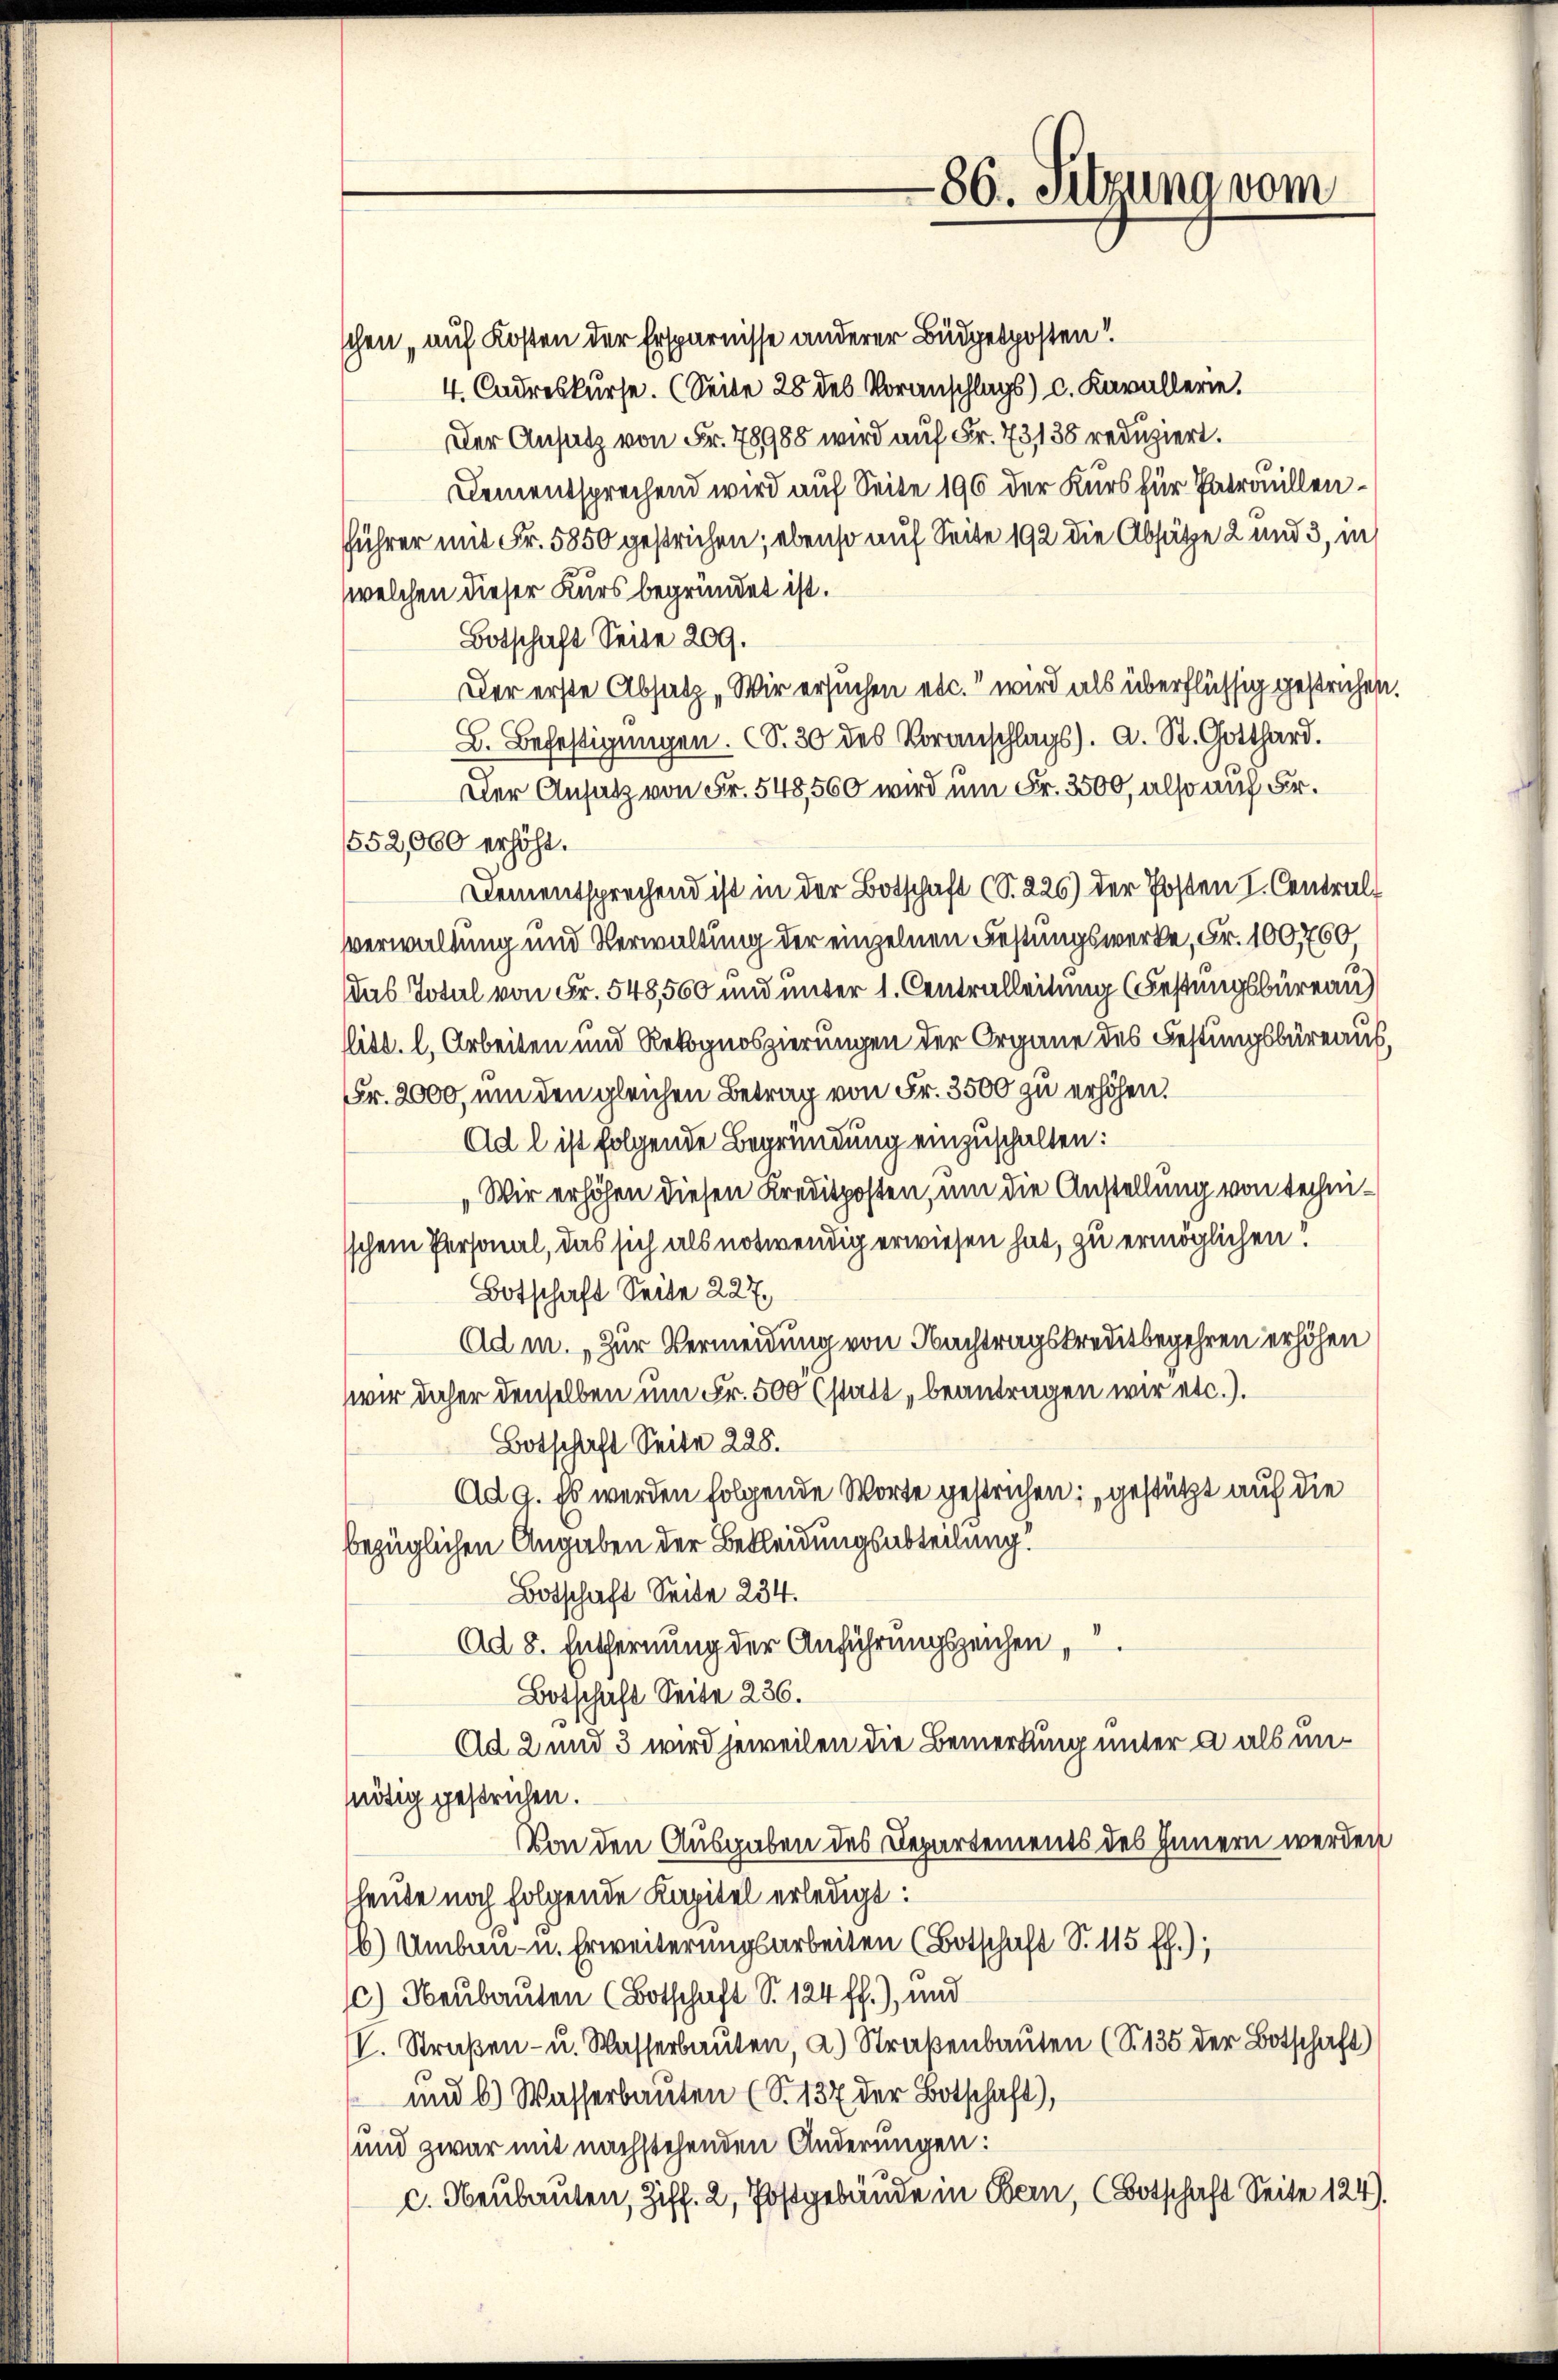
schen „auf Kosten der Ersparnisse anderer Büdgetposten!
4. Cadreskurse. (Seite 28 des Voranschlags) c. Kavallerie.

86. Sitzung vom

Der Ansatz von Fr. 78988 wird auf Fr. 73138 reduziert.
Dementsprechend wird auf Seite 196 der Kurs für Patrouillenführer mit Fr. 5850 gestrichen; ebenso auf Seite 192 die Absätze 2 und 3, in
welchen dieser Kurs begründet ist.
Botschaft Seite 209.
Der erste Absatz „Wir ersuchen etc.“ wird als überflüssig gestrichen.
L. Befestigungen. (S. 30 des Voranschlags). A. St. Gotthard.
Der Ansatz von Fr. 548,560 wird um Fr. 3500, also auf Fr.
552,000 erhöht.
Dementsprechend ist in der Botschaft (S. 226) der Posten I. Central
verwaltung und Verwaltung der einzelnen Festungswerke, Fr. 100,760,
das Total von Fr. 548,500 und unter 1. Centralleitung (Festungsbüreau)
litt. l. Arbeiten und Rekognoszierungen der Organe des Festungsbüreaus,
Fr. 2000, um den gleichen Betrag von Fr. 3500 zu erhöhen.
Ad l ist folgende Begründung einzuschalten:
„Wir erhöhen diesen Kreditposten, um die Anstellung von technischen Personal, das sich als notwendig erwiesen hat, zu ermöglichen!
Botschaft Seite 227.
Ad m. „Zur Vermeidung von Nachtragskreditbegehren erhöhen
wir daher denselben um Fr. 500 (statt „beantragen wir etc.).
Botschaft Seite 228.
Ad 9. Es werden folgende Worte gestrichen; gestützt auf die
bezüglichen Angaben der Bekleidungsabteilung!
Botschaft Seite 234.
Ad 8. Entfernung der Anführungszeichen,
Botschaft Seite 236.
Ad 2 und 3 wird jeweilen die Bemerkung unter a als unnötig gestrichen.
Von den Ausgaben des Departements des Innern werden
heute noch folgende Kapitel erledigt:
6) Umbau- u. Erweiterungsarbeiten (Botschaft S. 115 ff.),
c) Neubauten (Botschaft S. 124 ff.), und
V. Straßen- u. Wasserbauten, a.) Straßenbauten (S. 135 der Botschaft)
und b.) Wasserbauten (S. 137 der Botschaft),
und zwar mit nachstehenden Änderungen:
c. Neubauten, Ziff. 2, Postgebäude in Bern, (Botschaft Seite 124).